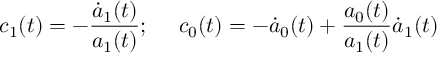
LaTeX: c _ { 1 } ( t ) = - \frac { \dot { a } _ { 1 } ( t ) } { a _ { 1 } ( t ) } ; ~ ~ ~ ~ c _ { 0 } ( t ) = - \dot { a } _ { 0 } ( t ) + \frac { a _ { 0 } ( t ) } { a _ { 1 } ( t ) } \dot { a } _ { 1 } ( t )